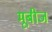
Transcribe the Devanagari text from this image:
मूबीज